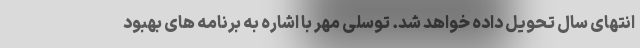
انتهای سال تحویل داده خواهد شد. توسلی مهر با اشاره به برنامه های بهبود